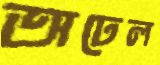
অঢেল